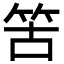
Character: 䇢